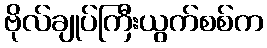
ဗိုလ်ချုပ်ကြီးယွက်စစ်က